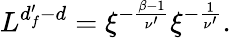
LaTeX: \begin{array}{r}{L^{d_{f}^{\prime}-d}=\xi^{-\frac{\beta-1}{\nu^{\prime}}}\xi^{-\frac{1}{\nu^{\prime}}}.}\end{array}